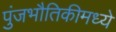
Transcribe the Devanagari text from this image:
पुंजभौतिकीमध्ये